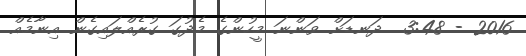
2016 - 3:48  ދަނޑަށް ވަންނަ މީހުންގެ މެދުގަ ގުރެއްލައިގެން އިނާމެއް